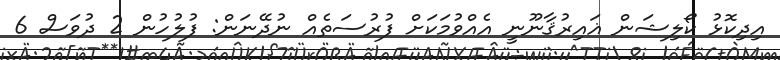
އިދިކޮޅު ކޯލިޝަން ޣައިރުޤާނޫނީ އެއްވުމަކަށް ފުރުސަތެއް ނުދޭނަން: ފުލުހުން 2 ދުވަސް 6